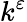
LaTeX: k^{\varepsilon}